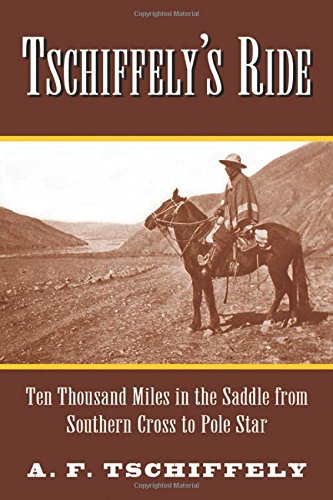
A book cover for Tschiffely's Ride: Ten Thousand Miles in the Saddle from Southern Cross to Pole Star; AimÃ© Tschiffely; Travel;